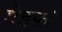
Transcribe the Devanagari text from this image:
मेडफो